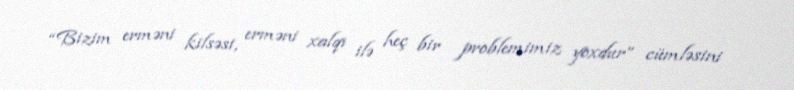
“Bizim erməni kilsəsi, erməni xalqı ilə heç bir problemimiz yoxdur” cümləsini